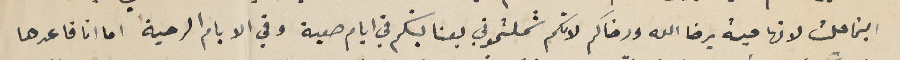
اينما حلت لانها حية برضا الله ورضاكم لانكم شملتموني بعنايتكم في ايام صعبة وفي الايام الرحبة اما انا فاعدها